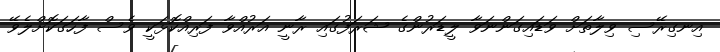
އިނގިރޭސި ވިލާތަށް ވަޑައިގަންނަވާ ލީޑަރުންގެ ޝަރަފުގައި ރާނީ އަރުއްވާ ފަރިއްކޮޅަކީ ވެސް ފާހަގަކޮށްލެވޭ